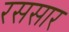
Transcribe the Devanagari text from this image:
रससार